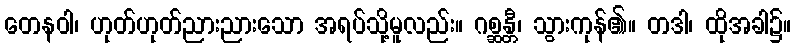
တေနဝါ၊ ဟုတ်ဟုတ်ညားညားသော အရပ်သို့မူလည်း။ ဂစ္ဆန္တီ၊ သွားကုန်၏။ တဒါ၊ ထိုအခါ၌။